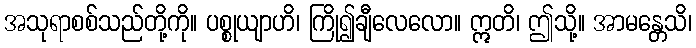
အသုရာစစ်သည်တို့ကို။ ပစ္စုယျာဟိ၊ ကြို၍ချီလေလော။ ဣတိ၊ ဤသို့။ အာမန္တေသိ၊